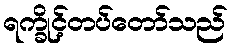
ရက္ခိုင့်တပ်တော်သည်